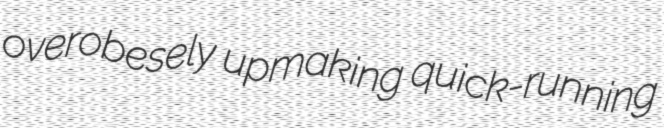
overobesely upmaking quick-running